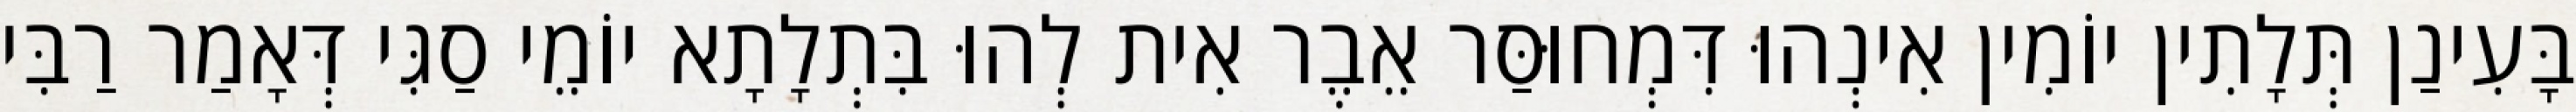
בָּעִינַן תְּלָתִין יוֹמִין אִינְהוּ דִּמְחוּסַּר אֵבֶר אִית לְהוּ בִּתְלָתָא יוֹמֵי סַגִּי דְּאָמַר רַבִּי